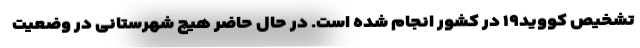
تشخیص کووید۱۹ در کشور انجام شده است. در حال حاضر هیچ شهرستانی در وضعیت